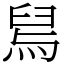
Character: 舃